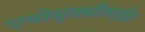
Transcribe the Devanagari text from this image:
एथोसुक्सीमाईड